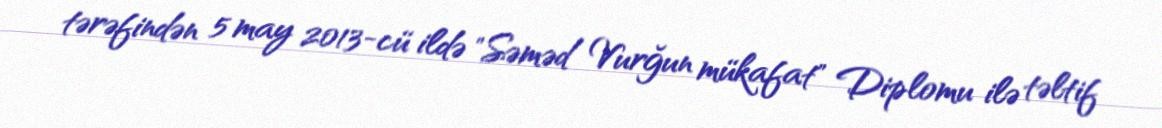
tərəfindən 5 may 2013-cü ildə "Səməd Vurğun mükafat" Diplomu ilə təltif